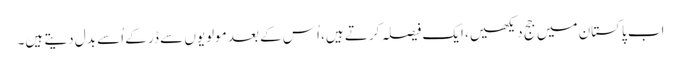
اب پاکستان میں جج دیکھیں، ایک فیصلہ کرتے ہیں، اُس کے بعد مولویوں سے ڈر کے اُسے بدل دیتے ہیں۔